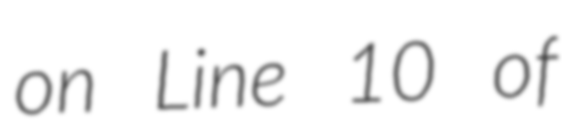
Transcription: on Line 10 of